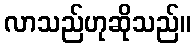
လာသည်ဟုဆိုသည်။